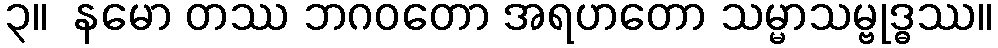
၃။  နမော တဿ ဘဂဝတော အရဟတော သမ္မာသမ္ဗုဒ္ဓဿ။